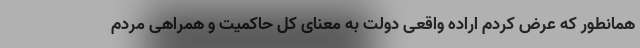
همانطور که عرض کردم اراده واقعی دولت به معنای کل حاکمیت و همراهی مردم